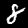
Label: 8